Annual report of the Punjab Veterinary College and of the Civil Veterinary Department, Punjab - 1909-1919
Year: 1909
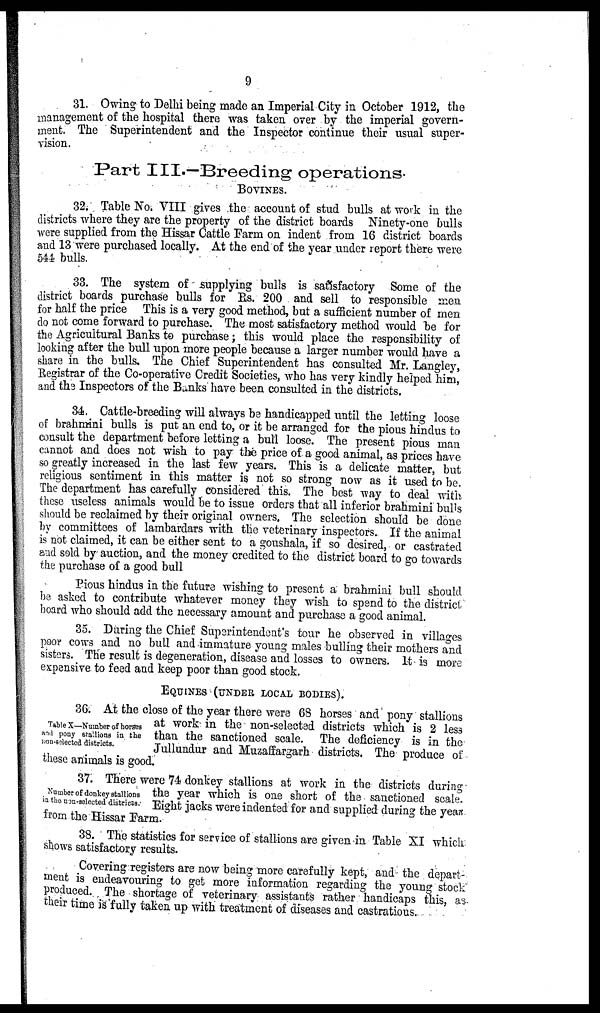
9
31. Owing to Delhi being made an Imperial City in October 1912, the
management of the hospital there was taken over by the imperial govern-
ment. The Superintendent and the Inspector continue their usual super-
vision.
Part III.—Breeding operations.
BOVINES.
32. Table No. VIII gives the account of stud bulls at work in the
districts where they are the property of the district boards Ninety-one bulls
were supplied from the Hissar Cattle Farm on indent from 16 district boards
and 13 were purchased locally. At the end of the year under report there were
544 bulls.
33. The system of supplying bulls is satisfactory Some of the
district boards purchase bulls for Rs. 200 and sell to responsible men
for half the price This is a very good method, but a sufficient number of men
do not come forward to purchase. The most satisfactory method would be for
the Agricultural Banks to purchase; this would place the responsibility of
looking after the bull upon more people because a larger number would have a
share in the bulls. The Chief Superintendent has consulted Mr. Langley,
Registrar of the Co-operative Credit Societies, who has very kindly helped him,
and the Inspectors of the Banks have been consulted in the districts.
34. Cattle-breeding will always be handicapped until the letting loose
of brahmini bulls is put an end to, or it be arranged for the pious hindus to
consult the department before letting a bull loose. The present pious man
cannot and does not wish to pay the price of a good animal, as prices have
so greatly increased in the last few years. This is a delicate matter, but
religious sentiment in this matter is not so strong now as it used to be.
The department has carefully considered this. The best way to deal with
these useless animals would be to issue orders that all inferior brahmini bulls
should be reclaimed by their original owners. The selection should be done
by committees of lambardars with the veterinary inspectors. If the animal
is not claimed, it can be either sent to a goushala, if so desired, or castrated
and sold by auction, and the money credited to the district board to go towards
the purchase of a good bull
Pious hindus in the future wishing to present a brahmini bull should
be asked to contribute whatever money they wish to spend to the district
board who should add the necessary amount and purchase a good animal.
35. During the Chief Superintendent's tour he observed in villages
poor cows and no bull and immature young males bulling their mothers and
sisters. The result is degeneration, disease and losses to owners. It is more
expensive to feed and keep poor than good stock.
EQUINES (UNDER LOCAL BODIES).
Table X—Number of horses
and pony stallions in the
non-selected districts.
36. At the close of the year there were 68 horses and pony stallions
at work- in the non-selected districts which is 2 less
than the sanctioned scale. The deficiency is in the
Jullundur and Muzaffargarh districts. The produce of
these animals is good.
Number of donkey stallions
in the non-selected districts.
37. There were 74 donkey stallions at work in the districts during
the year which is one short of the sanctioned scale.
Eight jacks were indented for and supplied during the year
from the Hissar Farm.
38. The statistics for service of stallions are given in Table XI which
shows satisfactory results.
Covering registers are now being more carefully kept, and the depart-
ment is endeavouring to get more information regarding the young stock
produced. The shortage of veterinary assistants rather handicaps this, as
their time is fully taken up with treatment of diseases and castrations.